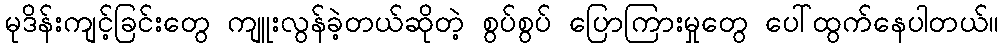
မုဒိန်းကျင့်ခြင်းတွေ ကျူးလွန်ခဲ့တယ်ဆိုတဲ့ စွပ်စွပ် ပြောကြားမှုတွေ ပေါ်ထွက်နေပါတယ်။